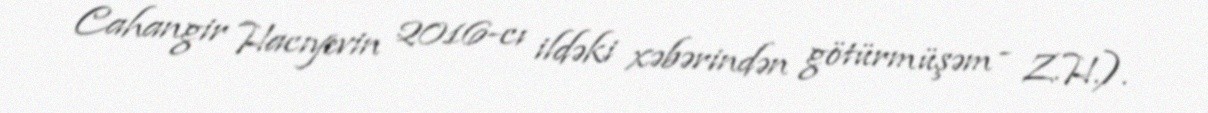
Cahangir Hacıyevin 2016-cı ildəki xəbərindən götürmüşəm - Z.H.).